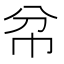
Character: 𢁥